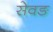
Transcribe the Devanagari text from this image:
सेवङ